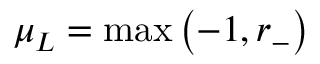
\mu _ { L } = \operatorname* { m a x } \left( - 1 , r _ { - } \right)